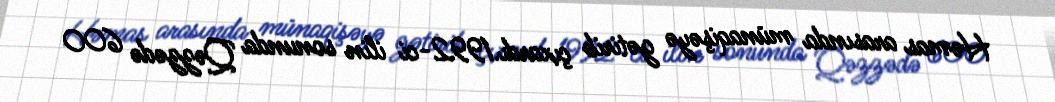
Həmas arasında münaqişəyə gətirib çıxardı.1992-ci ilin sonunda Qəzzədə 600